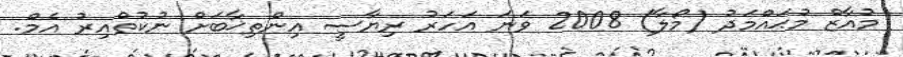
މުއާޒް މުޙައްމަދު (މޯލާ) 2008 ވަނަ އަހަރު ރިޔާސީ އިންތިޚާބަށް ނުކުތްއިރު އެމް.